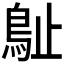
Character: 𣦘